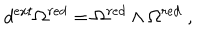
d ^ { e x t } \Omega ^ { r e d } = \Omega ^ { r e d } \wedge \Omega ^ { r e d } \; ,